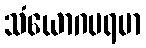
သံယောဂပရမာ